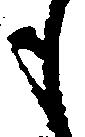
も